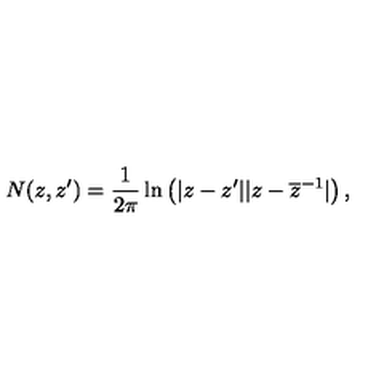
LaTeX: N ( z , z ^ { \prime } ) = \frac { 1 } { 2 \pi } \ln \left( | z - z ^ { \prime } | | z - \overline { { z } } ^ { - 1 } | \right) ,